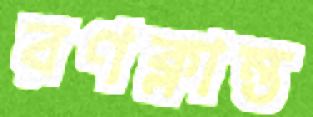
রণক্লান্ত